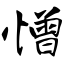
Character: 憎